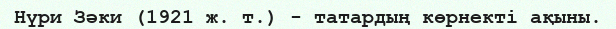
Нүри Зәки (1921 ж. т.) - татардың көрнекті ақыны.